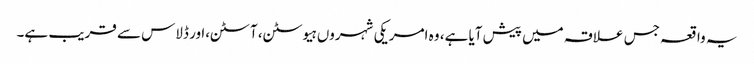
یہ واقعہ جس علاقہ میں پیش آیا ہے، وہ امریکی شہروں ہیوسٹن، آسٹن،ا ور ڈلاس سے قریب ہے۔